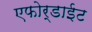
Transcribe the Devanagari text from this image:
एफोर्डाईट